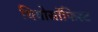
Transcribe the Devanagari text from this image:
थियोसॉफिस्ट